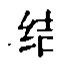
结